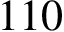
1 1 0